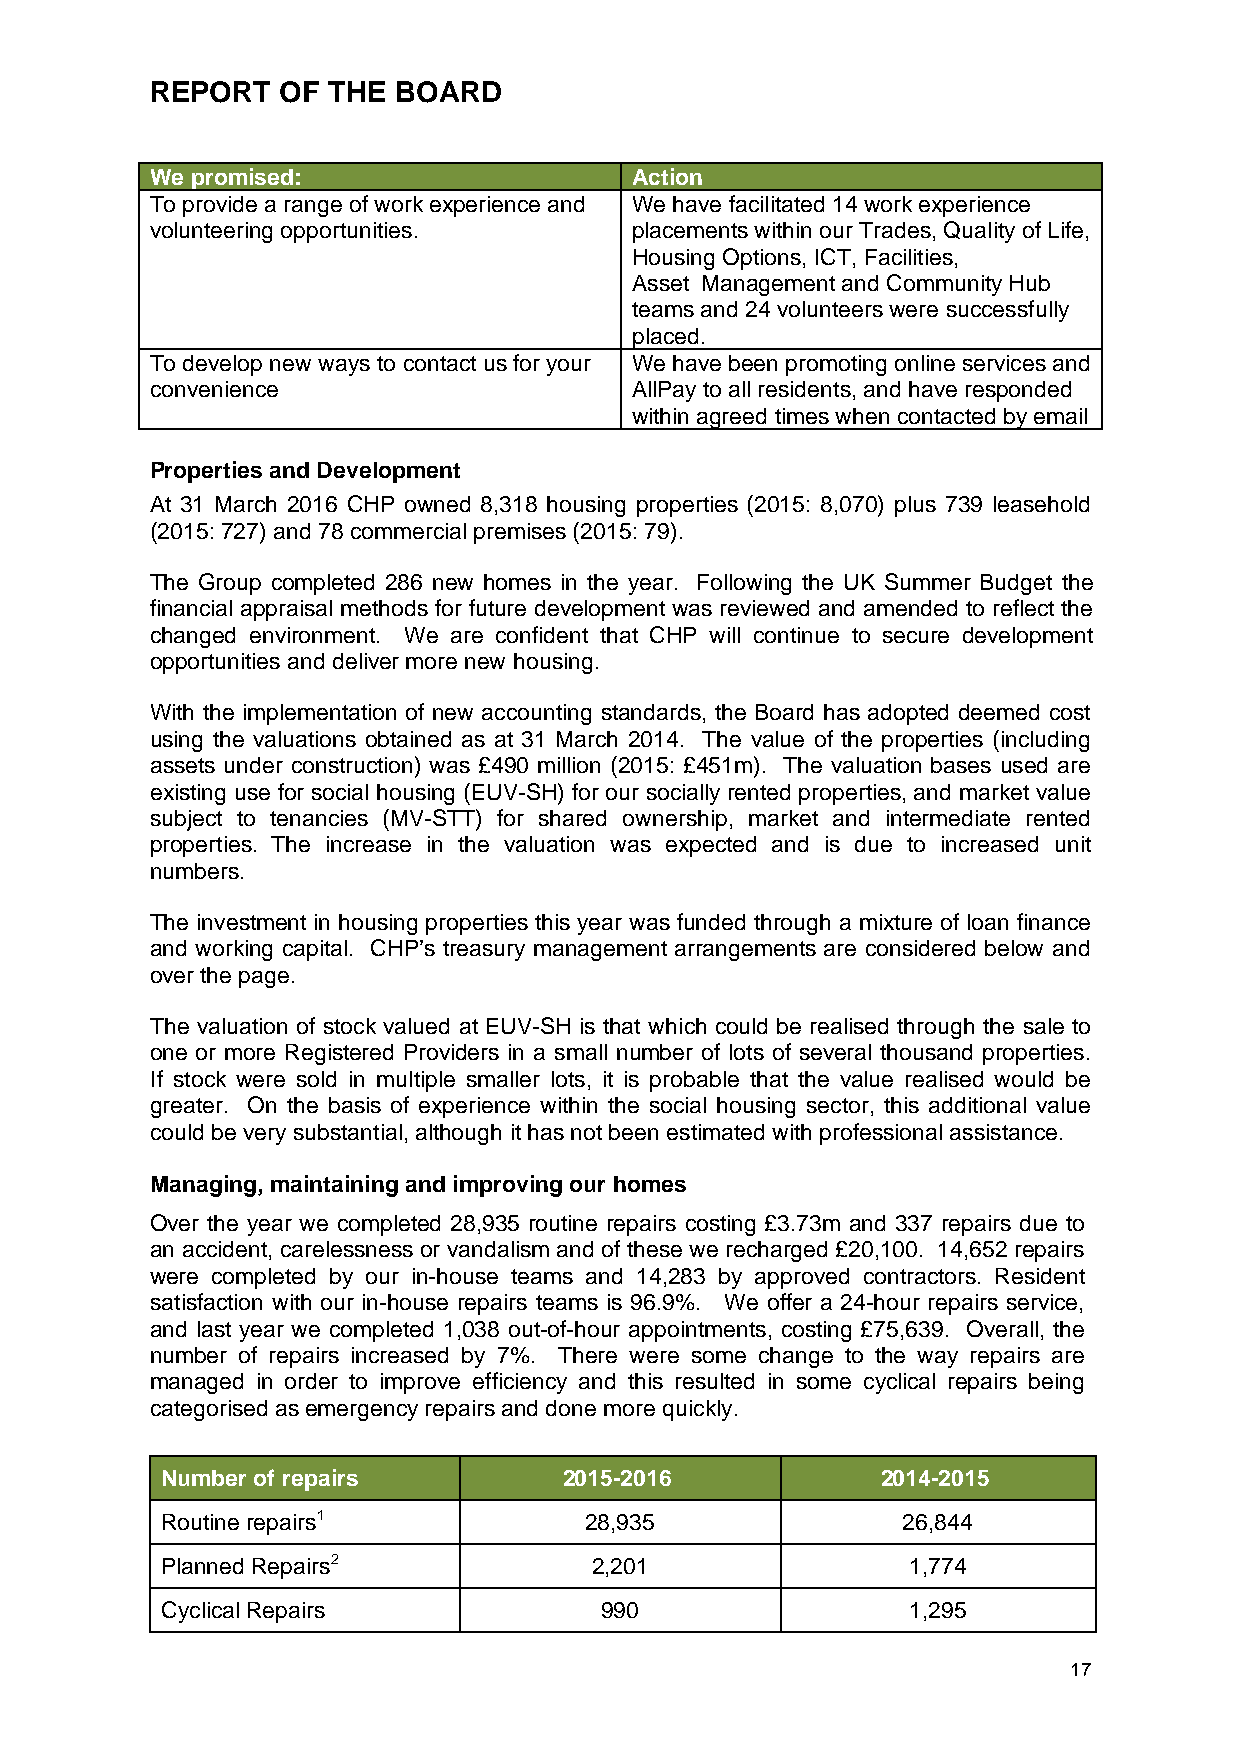
REPORT   OF THE BOARD
 We promised:                    Action
 To provide a range of work experience and We have facilitated 14 work experience
 volunteering opportunities.     placements within our Trades, Quality of Life,
 Housing Options, ICT, Facilities,
 Asset Management and Community Hub
 teams and 24 volunteers were successfully
 placed.
 To develop new ways to contact us for your We have been promoting online services and
 convenience                     AllPay to all residents, and have responded
 within agreed times when contacted by email
 Properties and Development
 At 31 March 2016 CHP owned 8,318 housing properties (2015: 8,070) plus 739 leasehold
 (2015: 727) and 78 commercial premises (2015: 79).
 The Group completed 286 new homes in the year. Following the UK Summer Budget the
 financial appraisal methods for future development was reviewed and amended to reflect the
 changed environment. We are confident that CHP will continue to secure development
 opportunities and deliver more new housing.
 With the implementation of new accounting standards, the Board has adopted deemed cost
 using the valuations obtained as at 31 March 2014. The value of the properties (including
 assets under construction) was £490 million (2015: £451m). The valuation bases used are
 existing use for social housing (EUV-SH) for our socially rented properties, and market value
 subject to tenancies (MV-STT) for shared ownership, market and intermediate rented
 properties. The increase in the valuation was expected and is due to increased unit
 numbers.
 The investment in housing properties this year was funded through a mixture of loan finance
 and working capital. CHP’s treasury management arrangements are considered below and
 over the page.
 The valuation of stock valued at EUV-SH is that which could be realised through the sale to
 one or more Registered Providers in a small number of lots of several thousand properties.
 If stock were sold in multiple smaller lots, it is probable that the value realised would be
 greater. On the basis of experience within the social housing sector, this additional value
 could be very substantial, although it has not been estimated with professional assistance.
 Managing, maintaining and improving our homes
 Over the year we completed 28,935 routine repairs costing £3.73m and 337 repairs due to
 an accident, carelessness or vandalism and of these we recharged £20,100. 14,652 repairs
 were completed by our in-house teams and 14,283 by approved contractors. Resident
 satisfaction with our in-house repairs teams is 96.9%. We offer a 24-hour repairs service,
 and last year we completed 1,038 out-of-hour appointments, costing £75,639. Overall, the
 number of repairs increased by 7%. There were some change to the way repairs are
 managed in order to improve efficiency and this resulted in some cyclical repairs being
 categorised as emergency repairs and done more quickly.
 Number of repairs         2015-2016            2014-2015
 Routine repairs1            28,935               26,844
 Planned Repairs2            2,201                1,774
 Cyclical Repairs             990                 1,295
 17